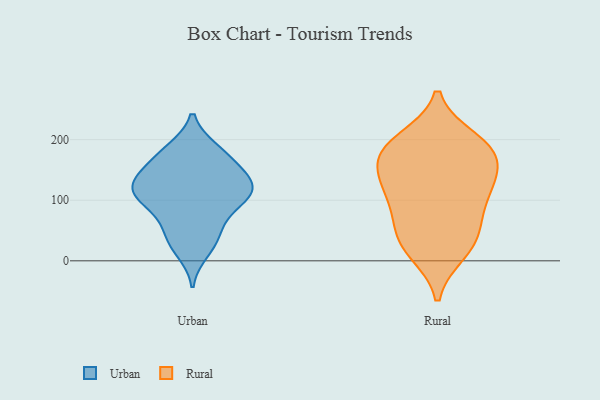
{"axis": {"x": "Budget (USD K)", "y": "Value"}, "legend": ["Rural", "Urban"], "data": [{"x": "", "y": 15, "type": "Urban"}, {"x": "", "y": 58, "type": "Urban"}, {"x": "", "y": 184, "type": "Urban"}, {"x": "", "y": 65, "type": "Urban"}, {"x": "", "y": 126, "type": "Urban"}, {"x": "", "y": 150, "type": "Urban"}, {"x": "", "y": 107, "type": "Urban"}, {"x": "", "y": 29, "type": "Urban"}, {"x": "", "y": 181, "type": "Urban"}, {"x": "", "y": 155, "type": "Urban"}, {"x": "", "y": 38, "type": "Urban"}, {"x": "", "y": 105, "type": "Urban"}, {"x": "", "y": 127, "type": "Urban"}, {"x": "", "y": 150, "type": "Urban"}, {"x": "", "y": 97, "type": "Urban"}, {"x": "", "y": 181, "type": "Urban"}, {"x": "", "y": 117, "type": "Urban"}, {"x": "", "y": 98, "type": "Urban"}, {"x": "", "y": 116, "type": "Urban"}, {"x": "", "y": 125, "type": "Urban"}, {"x": "", "y": 123, "type": "Rural"}, {"x": "", "y": 120, "type": "Rural"}, {"x": "", "y": 29, "type": "Rural"}, {"x": "", "y": 31, "type": "Rural"}, {"x": "", "y": 175, "type": "Rural"}, {"x": "", "y": 77, "type": "Rural"}, {"x": "", "y": 182, "type": "Rural"}, {"x": "", "y": 185, "type": "Rural"}, {"x": "", "y": 199, "type": "Rural"}, {"x": "", "y": 64, "type": "Rural"}, {"x": "", "y": 118, "type": "Rural"}, {"x": "", "y": 141, "type": "Rural"}, {"x": "", "y": 182, "type": "Rural"}, {"x": "", "y": 15, "type": "Rural"}]}